Annual administration report of the Civil Veterinary Department of India - 1899-1900
Year: 1899
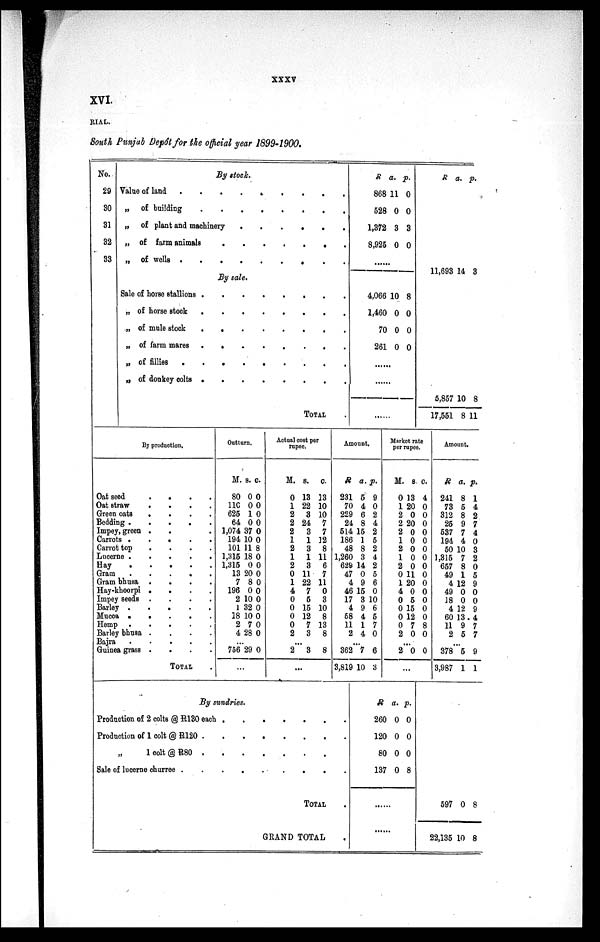
XXXV
XVI.
RIAL.
South Punjab Dep6t for the official year 1899-1900.
No.
29
30
31
32
33
By stock.
Value of land
.
.
.
.
.
.
.
.
.
„ of building
.
.
.
.
.
.
.
.
.
„ of plant and machinery
.
.
.
.
.
.
„ of farm animals
.
.
.
.
.
.
.
.
.
„ of wells . . . . . . . . .
By sale.
Sale of horse stallions
.
.
.
.
.
.
.
.
.
„ of horse stock
.
.
.
.
.
.
.
.
„ of mule stock . . . . . . . .
„ of farm mares . . . . . . . .
„ of fillies .
.
.
.
.
.
.
.
.
.
„ of donkey colts .
.
.
.
.
.
.
.
TOTAL .
R
868
528
1,372
8,925
a. p
11
0
3
0
.
0
0
3
0
4,066
1,460
70
261
10
0
0
0
8
0
0
0
R
11,693
a. p
14
.
3
5,857
17,551
10
8
8
11
By production.
Oat seed . . . .
Oat straw
.
.
.
.
Green oats
.
.
.
.
Bedding .
.
.
.
.
Impey, green . . .
Carrots .
.
.
.
.
Carrot top
.
.
.
.
Lucerne .
.
.
.
.
Hay . . . .
Gram . . . .
Gram bhusa .
.
.
.
Hay-khoorpi .
.
.
.
Impey seeds .
.
.
.
Barley . . . .
Mucca . . ..
Hemp .
.
.
.
.
Barley bhusa .
.
.
.
Bajra . . . .
Guinea grass .
.
.
.
TOTAL .
Outturn.
M.
80
110
625
64
1,074
194
101
1,316
1,315
13
7
196
2
1
18
2
4
s.
0
0
1
0
7
10
11
18
0
20
8
0
10
32
10
7
28
c.
0
0
0
0
0
0
8
0
0
0
0
0
0
0
0
0
0
...
756 29 0
...
Actual cost per
rupee.
M.
0
1
2
2
2
1
2
1
2
0
1
4
0
0
0
0
2
s.
13
22
3
24
3
1
3
1
3
11
22
7
5
15
12
7
3
c.
33
10
10
7
7
12
8
11
6
7
11
0
3
10
8
13
8
...
2 3 8
...
Amount.
R
231
70
229
24
514
186
48
1,260
629
47
4
46
17
4
58
11
2
a.
5
4
6
8
15
1
8
3
14
0
9
15
3
9
4
1
4
p.
9
0
2
4
2
5
2
4
2
5
6
0
0
6
5
7
0
...
362
3,819
7
10
6
3
Market rate
per rupee.
M.
0
1
2
2
2
1
2
1
2
0
1
4
0
0
0
0
2
s.
13
20
0
20
0
0
0
0
0
11
20
0
5
15
12
7
0
c.
4
0
0
0
0
0
0
0
0
0
0
0
0
0
0
8
0
...
2 0 0
...
Amount.
R
241
73
312
25
537
194
50
1,315
657
49
4
49
18
4
60
11
2
a.
8
5
8
9
7
4
10
7
8
1
12
0
0
12
13
9
5
p.
1
4
2
7
4
0
3
2
0
5
9
0
0
9
4
7
7
...
378
3,987
5
1
9
1
By sundries.
Production of 2 colts @ R130 each . . . . . . . . . .
Production of 1 colt @ R120 .
.
.
.
.
.
.
.
.
„
1 colt @ R80 . . . . . . . . .
Sale of lucerne churree .
.
.
.
. .
.
.
.
.
TOTAL .
GRAND TOTAL .
R
260
120
80
137
a.
0
0
0
0
p.
0
0
0
8
597
22,135
0
10
8
8